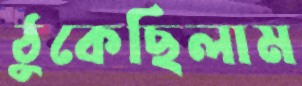
ঠুকেছিলাম